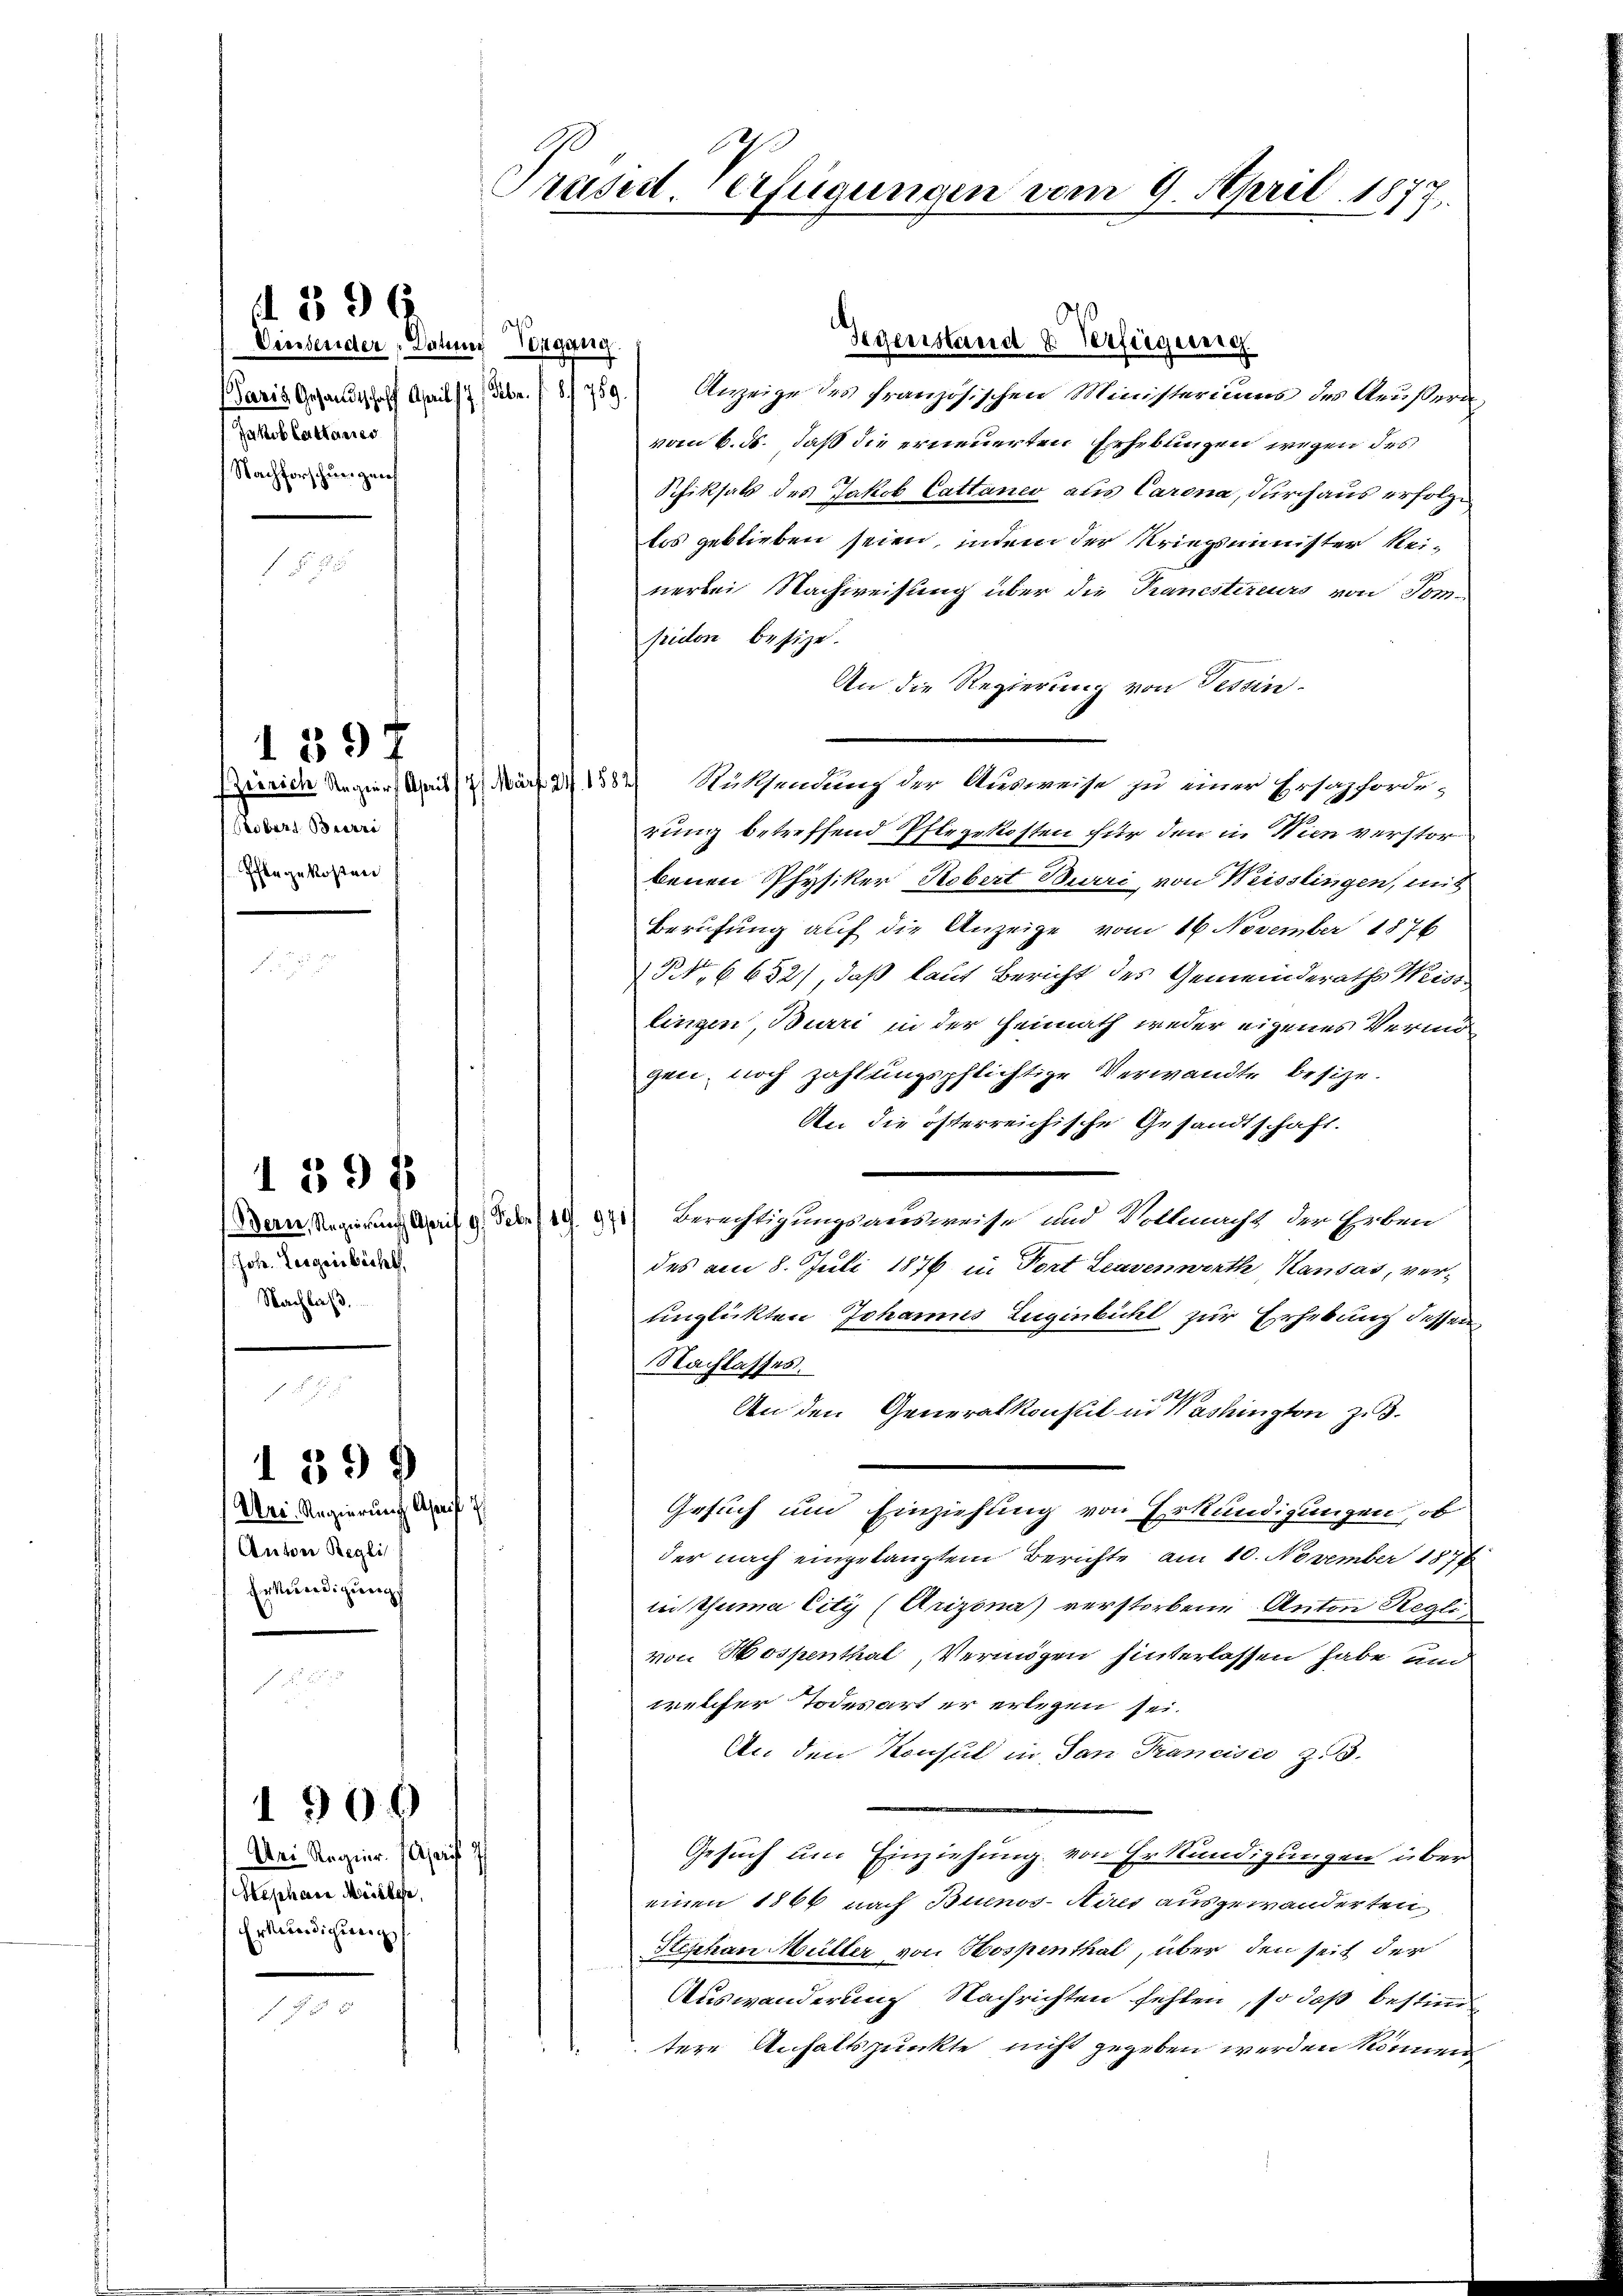
Densender Datum Begang
Jakob Cattanier
Nachforschur zur

f 8 x

Ctobers Bierre
Pflegekosten

Bern, Regierung Aprif 9. Febr. 19. 971
Joh. Liegensbacht,
Nachlaß.

d 396

1897

159 f

1399
Ur-Regierung Asreif 7/
Anton Regli
Erkundigung

Wei Regier. (Ajarif 7
Hephäre Meistehe,
Erkundigung

1900

Präsid. Verfügungen vom 9. April 1877.

Gegenstand & Verfügung
Baris Gesandtschaft Mai d. 8. 29. Anzeige des französischen Ministeriums des Außeru
vom 6. ds. daß die erneuerten Erhebungen wegen des
Schiksals des Jakob Cattaner aus Carona, durchaus erfolg¬
Ers geblieben seien, indem der Kriegsminister Reinerbei Nachweisung über die Tranestireurs von Tom-
siden besize.
An die Regierung von Tessin.
Zürich Regier beit (4 März 211582 Rüksendung der Ausweise zu einer Ersaphorde-
rung betreffend Pflegekosten für den in Wien verstor
benen Physiker, Hobert Burri, von Weisslingen, mit
Berufung auf die Anzeige vom 16 November 1876
NNNo. 6652), daß laut Bericht des Gemeinderaths Weiss
lingen, Burri in der Heimath weder eigenes Vermögen, noch zahlungspflichtige Verwandte besize.
An die österreichische Gesandtschaft.
Berechtigungsausweise und Vollmacht der Erben
des am 8. Juli 1876 in Fort Leavenwirth Kausas, verunglückten Johannes Zugenbühl zur Erhebung dessen
Nachlasses.
.
An den Generalkonsul in Washingten zu.
Gesuch um Einziehung von Erkundigungen, ob
der nach eingelangtem Berichte am 10. November 1876
in Tuma City (Arizona verstorbene Anton Reglivon Hospenthal, Vermögen hinterlassen habe und
welcher Todesart er erlegen sei.
An den Konsul in San Francisio Z.3.
Gesuch um Einziehung von Erkundigungen über
einen 1866 nach Buenos-Aires ausgewanderten
Stephan Müller von Hospenthal, über den seit der
Auswanderung Nachrichten fehlen, so daß bestimm
tere Anhaltspunkte nicht gegeben werden können